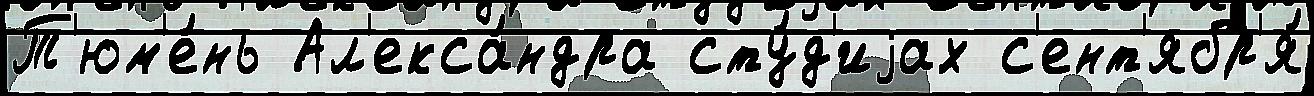
Т'юм'е́нь Ал'екса́ндра сту́д'иjах с'ент'ябр'я́